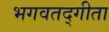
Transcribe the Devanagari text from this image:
भगवतद्गीता